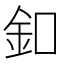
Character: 釦